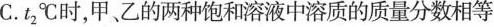
C.t_{2}℃时，甲、乙的两种饱和溶液中溶质的质量分数相等